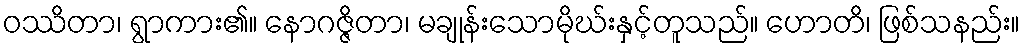
ဝဿိတာ၊ ရွာကား၏။ နောဂဇ္ဇိတာ၊ မချုန်းသောမိုဃ်းနှင့်တူသည်။ ဟောတိ၊ ဖြစ်သနည်း။